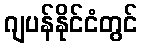
ဂျပန်နိုင်ငံတွင်